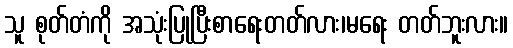
သူ စုတ်တံကို အသုံးပြုပြီးစာရေးတတ်လား၊မရေး တတ်ဘူးလား။